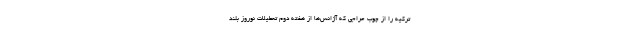
ترکیه را از چوب حراجی که آژانس‌ها از هفته دوم تعطیلات نوروز بلند